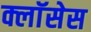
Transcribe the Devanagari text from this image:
क्लाॅसेस